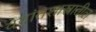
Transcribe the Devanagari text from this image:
वेदांतशास्त्रातील